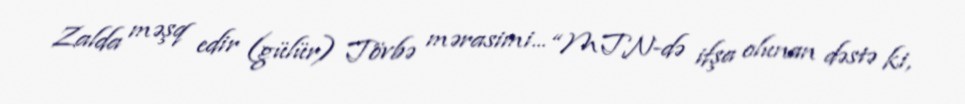
Zalda məşq edir (gülür) Tövbə mərasimi... “MTN-də ifşa olunan dəstə ki,